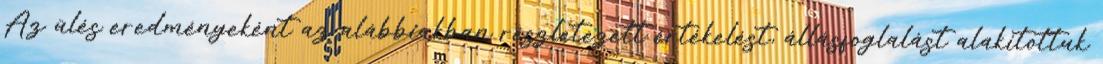
Az ülés eredményeként az alábbiakban részletezett értékelést, állásfoglalást alakítottuk